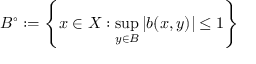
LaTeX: B ^ { \circ } : = \left\{ x \in X : \operatorname* { s u p } _ { y \in B } \left| b ( x , y ) \right| \leq 1 \right\}